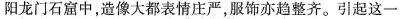
阳龙门石窟中，造像大都表情庄严，服饰亦趋整齐。引起这一